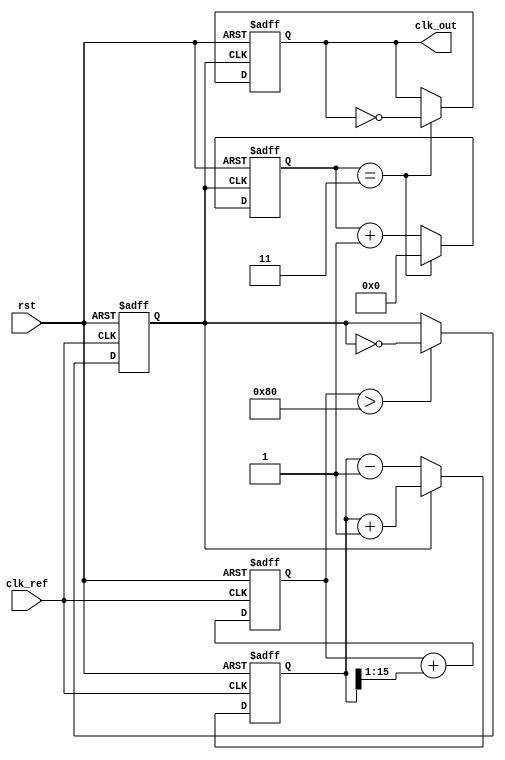
module PLL_Synchronizer (
    input wire clk_ref,               // Incoming reference clock
    input wire rst,                   // Asynchronous reset
    output reg clk_out                // Synchronized output clock
);

    // Parameters
    parameter integer N = 4;         // Division factor for clock divider
    parameter integer LPF_GAIN = 1;   // Loop Filter Gain
    
    // Internal signals
    reg [15:0] phase_error;           // Phase error signal
    reg [15:0] control_voltage;        // Control voltage for VCO
    reg [15:0] vco_output;             // VCO output
    reg [15:0] counter;                // Counter for clock division
    reg clk_vco;                       // VCO clock signal

    // Phase Detector (PD)
    always @(posedge clk_ref or posedge rst) begin
        if (rst) begin
            phase_error <= 16'h0;
        end else begin
            // Simple phase detection logic (this can be improved)
            // Example: Count the number of rising edges of clk_ref vs vco_output
            if (clk_vco) begin
                phase_error <= phase_error + 1; // Adjust as per your PD design
            end else begin
                phase_error <= phase_error - 1; // Adjust as per your PD design
            end
        end
    end

    // Loop Filter (LF)
    always @(posedge clk_ref or posedge rst) begin
        if (rst) begin
            control_voltage <= 16'h0;
        end else begin
            control_voltage <= control_voltage + (phase_error >> LPF_GAIN); // Simple LPF
        end
    end

    // Voltage-Controlled Oscillator (VCO)
    always @(posedge clk_ref or posedge rst) begin
        if (rst) begin
            vco_output <= 16'h0;
            clk_vco <= 0;
        end else begin
            // Simple VCO model: output frequency is controlled by control_voltage
            // For simplicity, we toggle clk_vco based on the control voltage
            if (control_voltage > 16'h80) begin
                clk_vco <= ~clk_vco; // Toggling for demonstration
            end
            vco_output <= {vco_output[14:0], clk_vco}; // Shift register to represent VCO output
        end
    end

    // Clock Divider
    always @(posedge clk_vco or posedge rst) begin
        if (rst) begin
            counter <= 0;
            clk_out <= 0;
        end else begin
            if (counter == N - 1) begin
                clk_out <= ~clk_out; // Toggle clk_out for every N cycles
                counter <= 0;
            end else begin
                counter <= counter + 1;
            end
        end
    end

endmodule